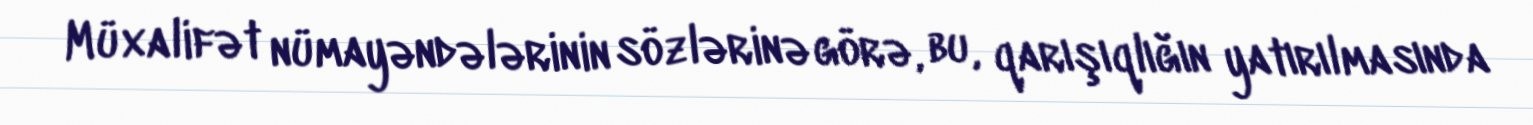
Müxalifət nümayəndələrinin sözlərinə görə, bu, qarışıqlığın yatırılmasında